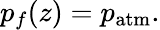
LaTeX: p_{f}(z)=p_{\mathrm{atm}}.